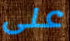
على